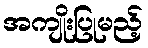
အကျိုးပြုမည့်